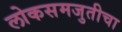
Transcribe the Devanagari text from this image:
लोकसमजुतीचा